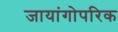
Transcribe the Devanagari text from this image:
जायांगोपरिक